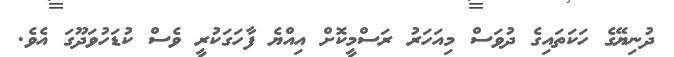
ދުނިޔޭގެ ހަކަތައިގެ ދުވަސް މިއަހަރު ރަސްމީކޮށް އިއްޔެ ފާހަގަކުރީ ވެސް ކުޑަހުވަދޫގަ އެވެ.